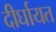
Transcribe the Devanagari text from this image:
दीर्घायत